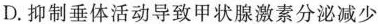
D.抑制垂体活动导致甲状腺激素分泌减少